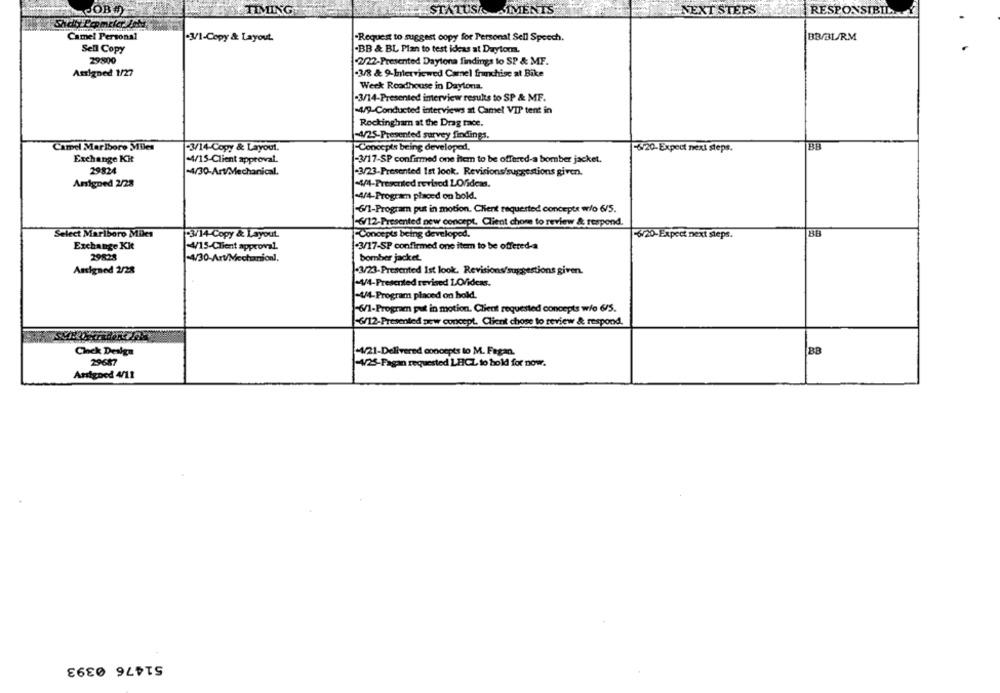
theCOB.)
TIMING
STATUSASSIMENTS
NEXT STEPS
RESPONSIBIL
Camel Personal
+3/1-Copy & Layout.
"Request to suggest copy for Personal Sell Speech.
BB/BL/RM
Sell Copy
.BB & BL Plan to test ideas at Daytona.
29800
2/22-Presented Daytona findings to SP & MF.
Assigned 1/27
.3/8 & 9-Interviewed Camel franchise at Bike
Week Roadhouse in Daytona.
.3/14-Presented imerview results to SP & MF.
-4/9-Conducted interviews at Camel VIP tent in
Rockingham at the Drag race.
-4/25-Presented survey findings.
Camel Marlboro Miles
-3/14-Copy & Layout.
-Concepts being developed,
-6/20-Expect next steps.
Exchange Kit
+4/15-Client approval.
-3/17-SP confirmed one item to be offered-a bomber jacket.
29824
-4/30-Art/Mechanical.
-3/23-Presented Ist look. Revisions/suggestions given.
Anigoed 2/28
+4/4-Presented revised LOfideas.
+4/4-Program placed on bold.
-6/1-Program put in motion. Client requested concepts w/o 6/5.
-6/12- Presented new concept, Client chore to review & respond.
Select Marlboro Miles
-3/14-Copy & Layout.
Concepts being developed.
-6/20-Expect next steps.
BB
Exchange Kit
-4/15-Client approval.
-3/17-SP confirmed one item to be offered-a
29828
-4/30-Art/Mechanionl,
bomber jacket.
Assigned 2/28
-3/23-Presented Ist look. Revisions/suggestions given.
-4/4-Presented revised LO/ideas.
-444-Program placed on hold.
-6/1-Program put in motion. Client requested concepts wie 6/5.
-6/12-Presented new concept. Client chose to review & respond.
Clock Design
+4/21-Delivered concepts to M. Fagan.
BB
29687
-4/25-Pagan requested LHICL to hold for now.
Antgood 4/11
51476 0393